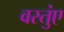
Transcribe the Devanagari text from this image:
वस्तुंए